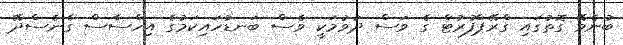
ބުނެވޭ ގޮތުގައި ގްރޭޕްފުރުޓް ގެ ވަސް ދުވުމަކީ ވެސް ބަނޑުހައިކަމުގެ އިހްސާސް ގެނެސްދޭ